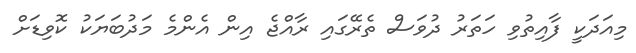
މިއަދަކީ ފާއިތުވި ހަތަރު ދުވަސް ތެރޭގައި ރާއްޖެ އިން އެންމެ މަދުބަޔަކު ކޮވިޑަށް